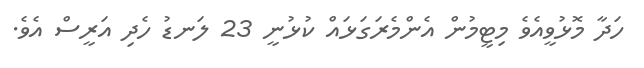
ހަދާ މޮޅުވީއެވެ މިޓީމުން އެންމެރަގަޅައް ކުޅުނީ 23 ލަނޑު ހެދި އަރީސް އެވެ.